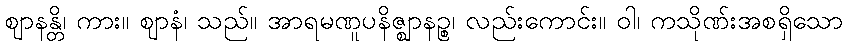
ဈာနန္တိ၊ ကား။ ဈာနံ၊ သည်။ အာရမဏူပနိဇ္ဈာနဉ္စ၊ လည်းကောင်း။ ဝါ၊ ကသိုဏ်းအစရှိသော